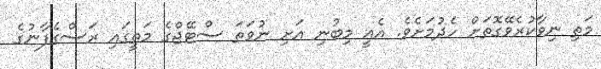
މަތި ނިވާކުރެވޭގޮތަށް ހެދުމަށެވެ. އެއީ މިބުނި އަށި ނުވަތަ ސްޓޭޖްގެ މަތީގައި ރަސްގެފާނުގެ